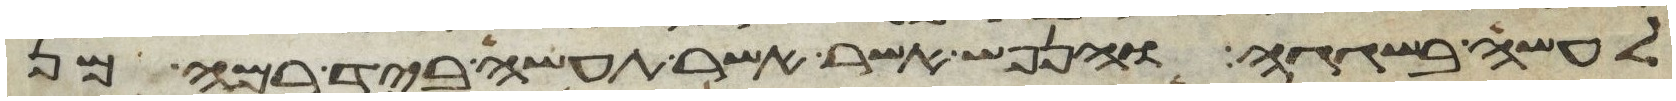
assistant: לעשה בשגגה והנפש אשר תעשה ביד רמה מן